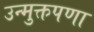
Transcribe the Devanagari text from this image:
उन्मुक्तपणा